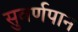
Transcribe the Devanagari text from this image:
सुवर्णपान